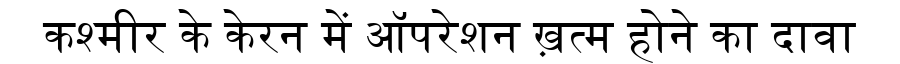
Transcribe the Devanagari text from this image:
कश्मीर के केरन में ऑपरेशन ख़त्म होने का दावा